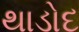
થાડોદ